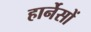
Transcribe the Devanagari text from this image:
हार्नेसों